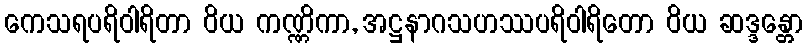
ကေသရပရိဝါရိတာ ဝိယ ကဏ္ဏိကာ, အဋ္ဌနာဂသဟဿပရိဝါရိတော ဝိယ ဆဒ္ဒန္တော